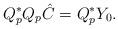
LaTeX: \begin{align*}Q_p^*Q_p\hat C=Q_p^*Y_0.\end{align*}